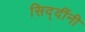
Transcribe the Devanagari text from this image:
सिद्दींनी